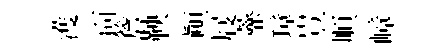
濩靣簷鞅顚屐虀璋豈順嶂